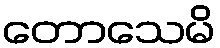
တောသေမိ